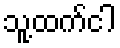
သူ့ထက်ငါ